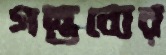
গন্তব্যের